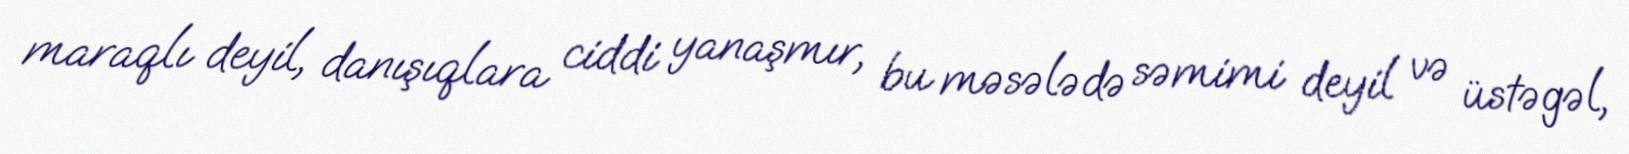
maraqlı deyil, danışıqlara ciddi yanaşmır, bu məsələdə səmimi deyil və üstəgəl,